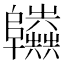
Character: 𨽫